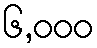
၆,၀၀၀